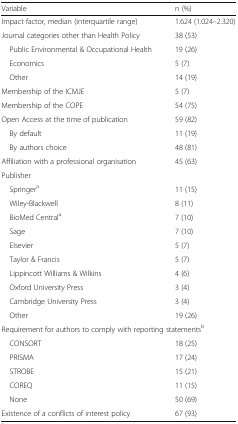
<table><thead><tr><td><b>Variable</b></td><td><b>n (%)</b></td></tr></thead><tbody><tr><td>Impact factor, median (interquartile range)</td><td>1.624 (1.024–2.320)</td></tr><tr><td>Journal categories other than Health Policy</td><td>38 (53)</td></tr><tr><td> Public Environmental &amp; Occupational Health</td><td>19 (26)</td></tr><tr><td> Economics</td><td>5 (7)</td></tr><tr><td> Other</td><td>14 (19)</td></tr><tr><td>Membership of the ICMJE</td><td>5 (7)</td></tr><tr><td>Membership of the COPE</td><td>54 (75)</td></tr><tr><td>Open Access at the time of publication</td><td>59 (82)</td></tr><tr><td> By default</td><td>11 (19)</td></tr><tr><td> By authors choice</td><td>48 (81)</td></tr><tr><td>Affiliation with a professional organisation</td><td>45 (63)</td></tr><tr><td colspan="2">Publisher</td></tr><tr><td> Springer<sup>a</sup></td><td>11 (15)</td></tr><tr><td> Wiley-Blackwell</td><td>8 (11)</td></tr><tr><td> BioMed Central<sup>a</sup></td><td>7 (10)</td></tr><tr><td> Sage</td><td>7 (10)</td></tr><tr><td> Elsevier</td><td>5 (7)</td></tr><tr><td> Taylor &amp; Francis</td><td>5 (7)</td></tr><tr><td> Lippincott Williams &amp; Wilkins</td><td>4 (6)</td></tr><tr><td> Oxford University Press</td><td>3 (4)</td></tr><tr><td> Cambridge University Press</td><td>3 (4)</td></tr><tr><td> Other</td><td>19 (26)</td></tr><tr><td colspan="2">Requirement for authors to comply with reporting statements<sup>b</sup></td></tr><tr><td> CONSORT</td><td>18 (25)</td></tr><tr><td> PRISMA</td><td>17 (24)</td></tr><tr><td> STROBE</td><td>15 (21)</td></tr><tr><td> COREQ</td><td>11 (15)</td></tr><tr><td> None</td><td>50 (69)</td></tr><tr><td>Existence of a conflicts of interest policy</td><td>67 (93)</td></tr></tbody></table>